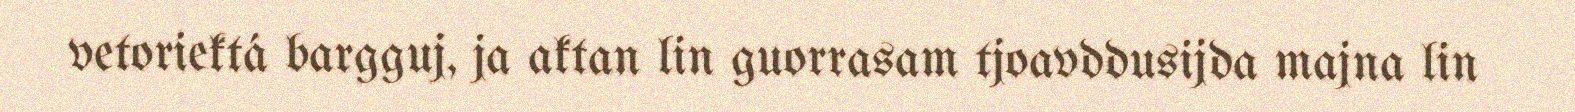
vetoriektá bargguj, ja aktan lin guorrasam tjoavddusijda majna lin